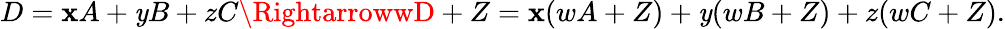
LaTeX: D=\mathbf{x}A+\mathit{y}B+zC\RightarrowwD+Z=\mathbf{x}(wA+Z)+\mathit{y}(wB+Z)+z(wC+Z).